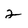
Character: 2